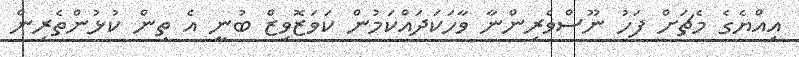
އިއްޔެގެ މެޗަށް ފަހު ނޫސްވެރިންނާ ވާހަކަދައްކަމުން ކަވަޒޮވިޒް ބުނީ އެ ތިން ކުޅުންތެރިން